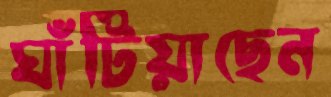
ঘাঁটিয়াছেন